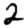
Digit: 2